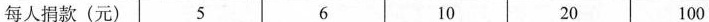
每人捐款(元) 5 6 10 20 100